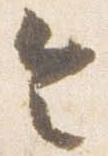
令